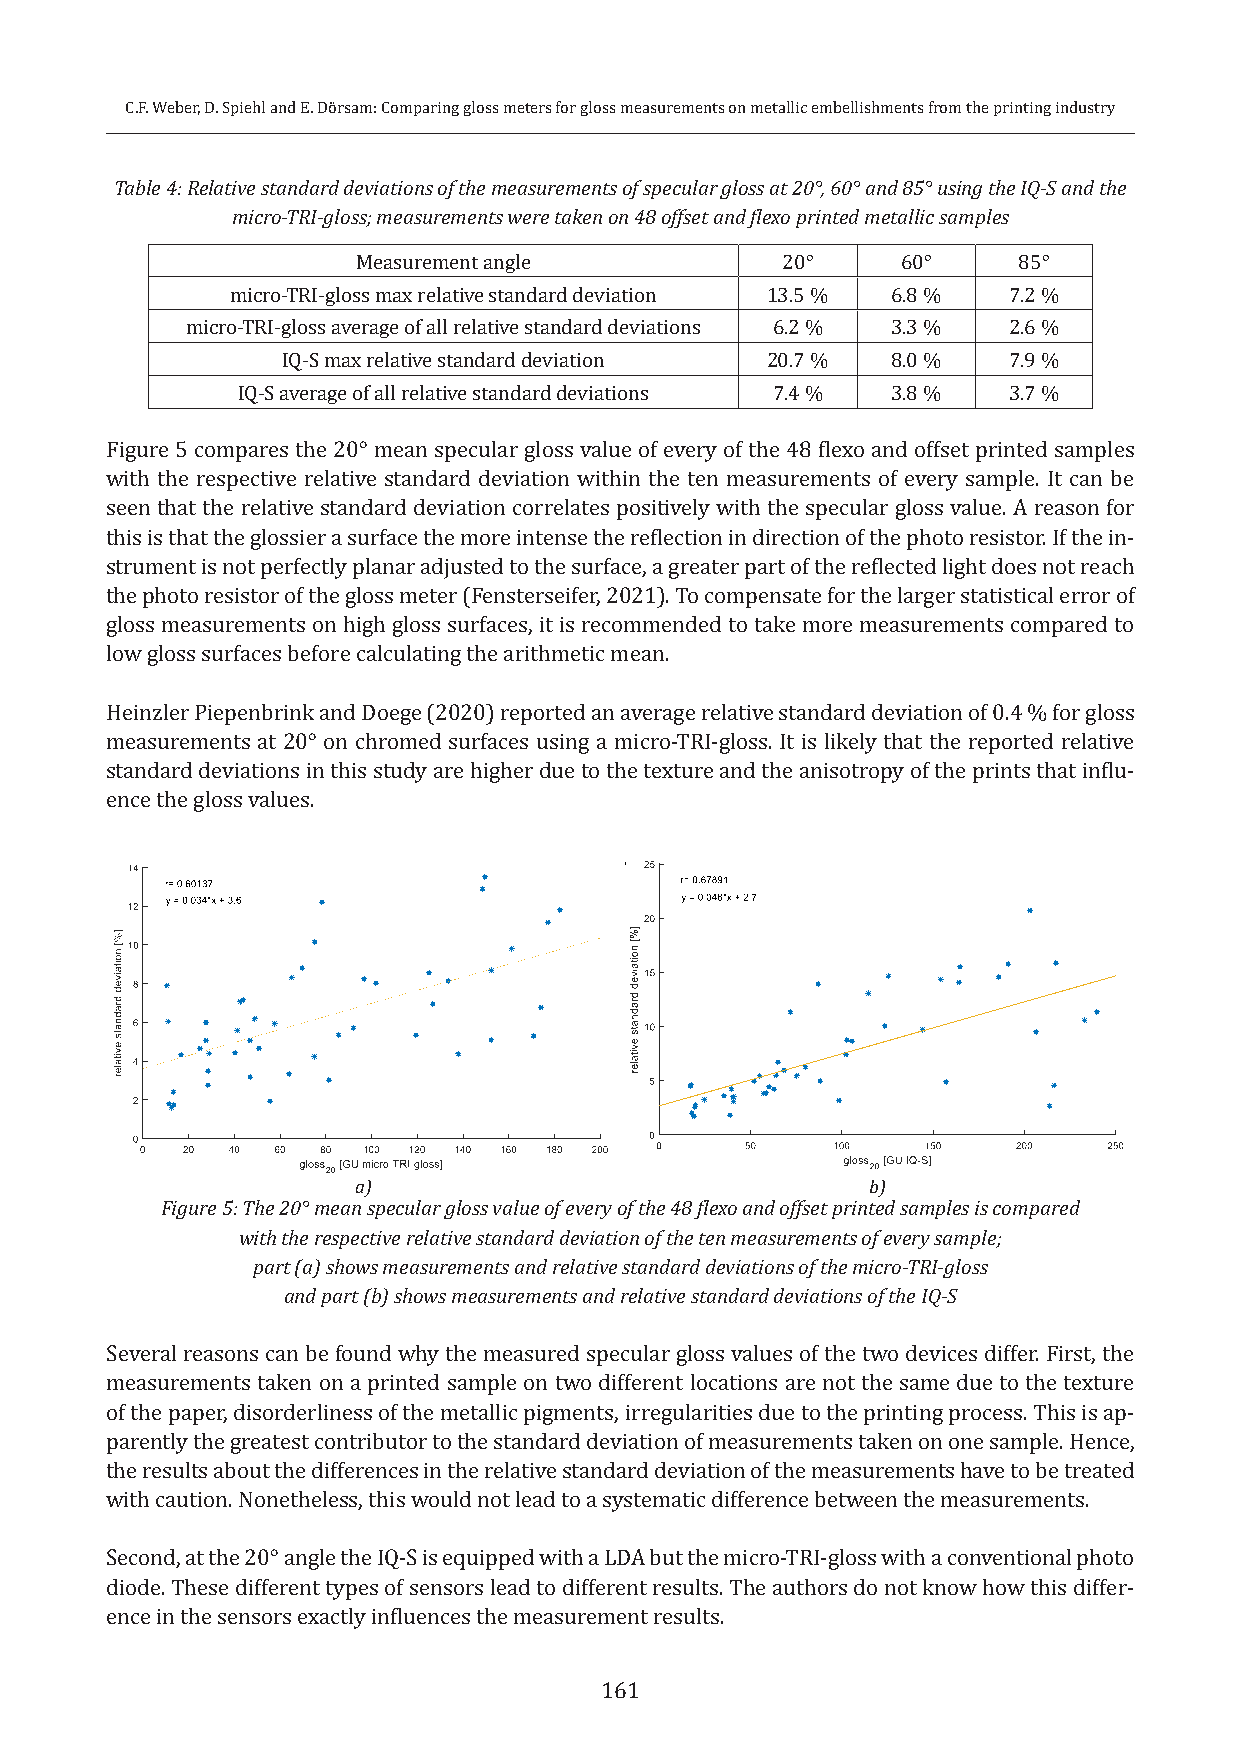
C.F. Weber, D. Spiehl and E. Dörsam: Comparing gloss meters for gloss measurements on metallic embellishments from the printing industry
 Table 4: Relative standard deviations of the measurements of specular gloss at 20°, 60° and 85° using the IQ-S and the
 micro-TRI-gloss; measurements were taken on 48 offset and flexo printed metallic samples
 Measurement angle           20°     60°    85°
 micro-TRI-gloss max relative standard deviation 13.5 % 6.8 % 7.2 %
 micro-TRI-gloss average of all relative standard deviations 6.2 % 3.3 % 2.6 %
 IQ-S max relative standard deviation 20.7 % 8.0 % 7.9 %
 IQ-S average of all relative standard deviations 7.4 % 3.8 % 3.7 %
 Figure 5 compares the 20° mean specular gloss value of every of the 48 flexo and offset printed samples
 with the respective relative standard deviation within the ten measurements of every sample. It can be
 seen that the relative standard deviation correlates positively with the specular gloss value. A reason for
 this is that the glossier a surface the more intense the reflection in direction of the photo resistor. If the in-
 strument is not perfectly planar adjusted to the surface, a greater part of the reflected light does not reach
 the photo resistor of the gloss meter (Fensterseifer, 2021). To compensate for the larger statistical error of
 gloss measurements on high gloss surfaces, it is recommended to take more measurements compared to
 low gloss surfaces before calculating the arithmetic mean.
 Heinzler Piepenbrink and Doege (2020) reported an average relative standard deviation of 0.4 % for gloss
 measurements at 20° on chromed surfaces using a micro-TRI-gloss. It is likely that the reported relative
 standard deviations in this study are higher due to the texture and the anisotropy of the prints that influ-
 ence the gloss values.
 b)
 a)
 a)                                 b)
 Figure 5: The 20° mean specular gloss value of every of the 48 flexo and offset printed samples is compared
 with the respective relative standard deviation of the ten measurements of every sample;
 part (a) shows measurements and relative standard deviations of the micro-TRI-gloss
 and part (b) shows measurements and relative standard deviations of the IQ-S
 Several reasons can be found why the measured specular gloss values of the two devices differ. First, the
 measurements taken on a printed sample on two different locations are not the same due to the texture
 of the paper, disorderliness of the metallic pigments, irregularities due to the printing process. This is ap-
 parently the greatest contributor to the standard deviation of measurements taken on one sample. Hence,
 the results about the differences in the relative standard deviation of the measurements have to be treated
 with caution. Nonetheless, this would not lead to a systematic difference between the measurements.
 Second, at the 20° angle the IQ-S is equipped with a LDA but the micro-TRI-gloss with a conventional photo
 diode. These different types of sensors lead to different results. The authors do not know how this differ-
 ence in the sensors exactly influences the measurement results.
 161